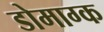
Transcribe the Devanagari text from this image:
डोमाग्क